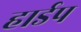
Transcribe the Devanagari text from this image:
हार्डप